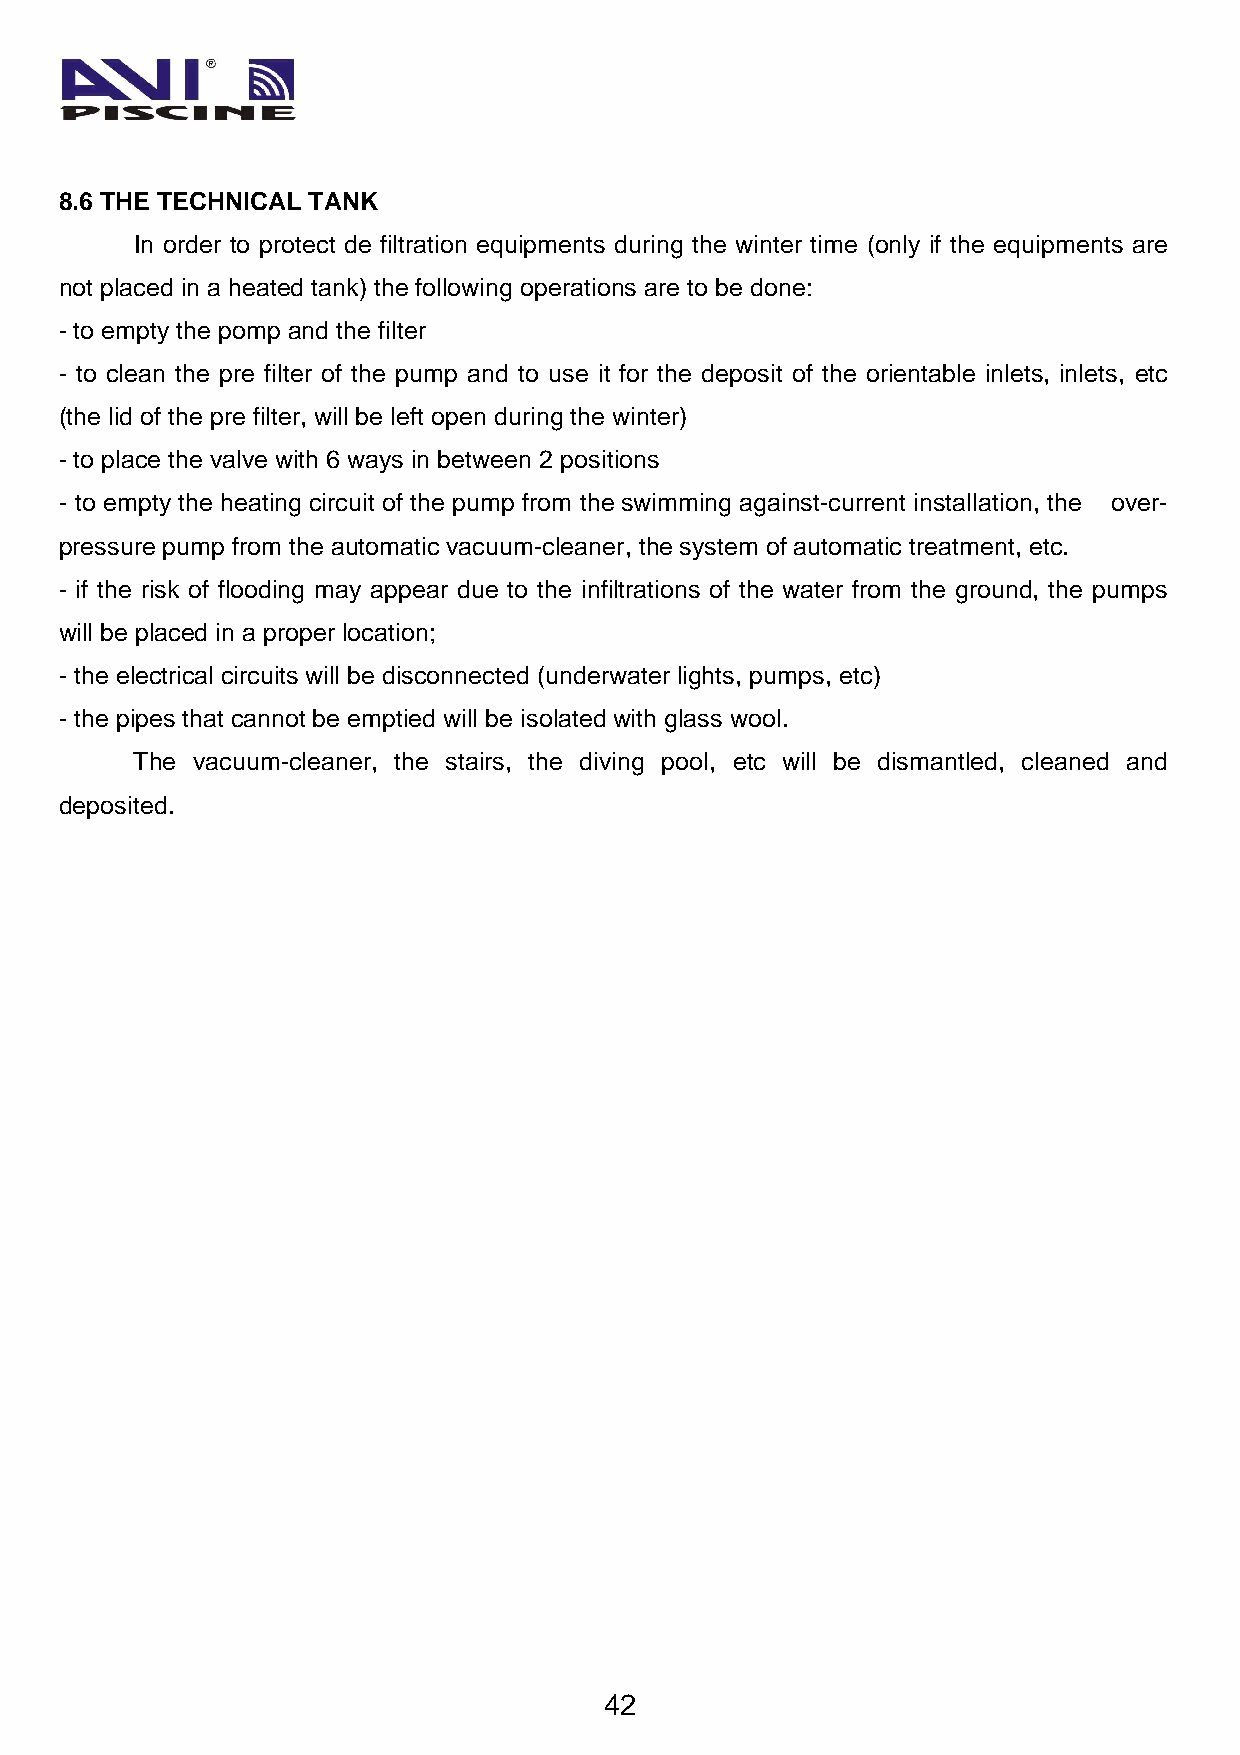
8.6 THE TECHNICAL TANK
 In order to protect de filtration equipments during the winter time (only if the equipments are
 not placed in a heated tank) the following operations are to be done:
 - to empty the pomp and the filter
 - to clean the pre filter of the pump and to use it for the deposit of the orientable inlets, inlets, etc
 (the lid of the pre filter, will be left open during the winter)
 - to place the valve with 6 ways in between 2 positions
 - to empty the heating circuit of the pump from the swimming against-current installation, the over-
 pressure pump from the automatic vacuum-cleaner, the system of automatic treatment, etc.
 - if the risk of flooding may appear due to the infiltrations of the water from the ground, the pumps
 will be placed in a proper location;
 - the electrical circuits will be disconnected (underwater lights, pumps, etc)
 - the pipes that cannot be emptied will be isolated with glass wool.
 The vacuum-cleaner, the stairs, the diving pool, etc will be dismantled, cleaned and
 deposited.
 42